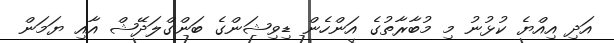
އަދި އިއްޔެ ކުޅުނު މި މުބާރާތުގެ އަންހެން ޑިވިޝަންގެ ބަންގްލަދޭޝް އާއި ޔަމަން